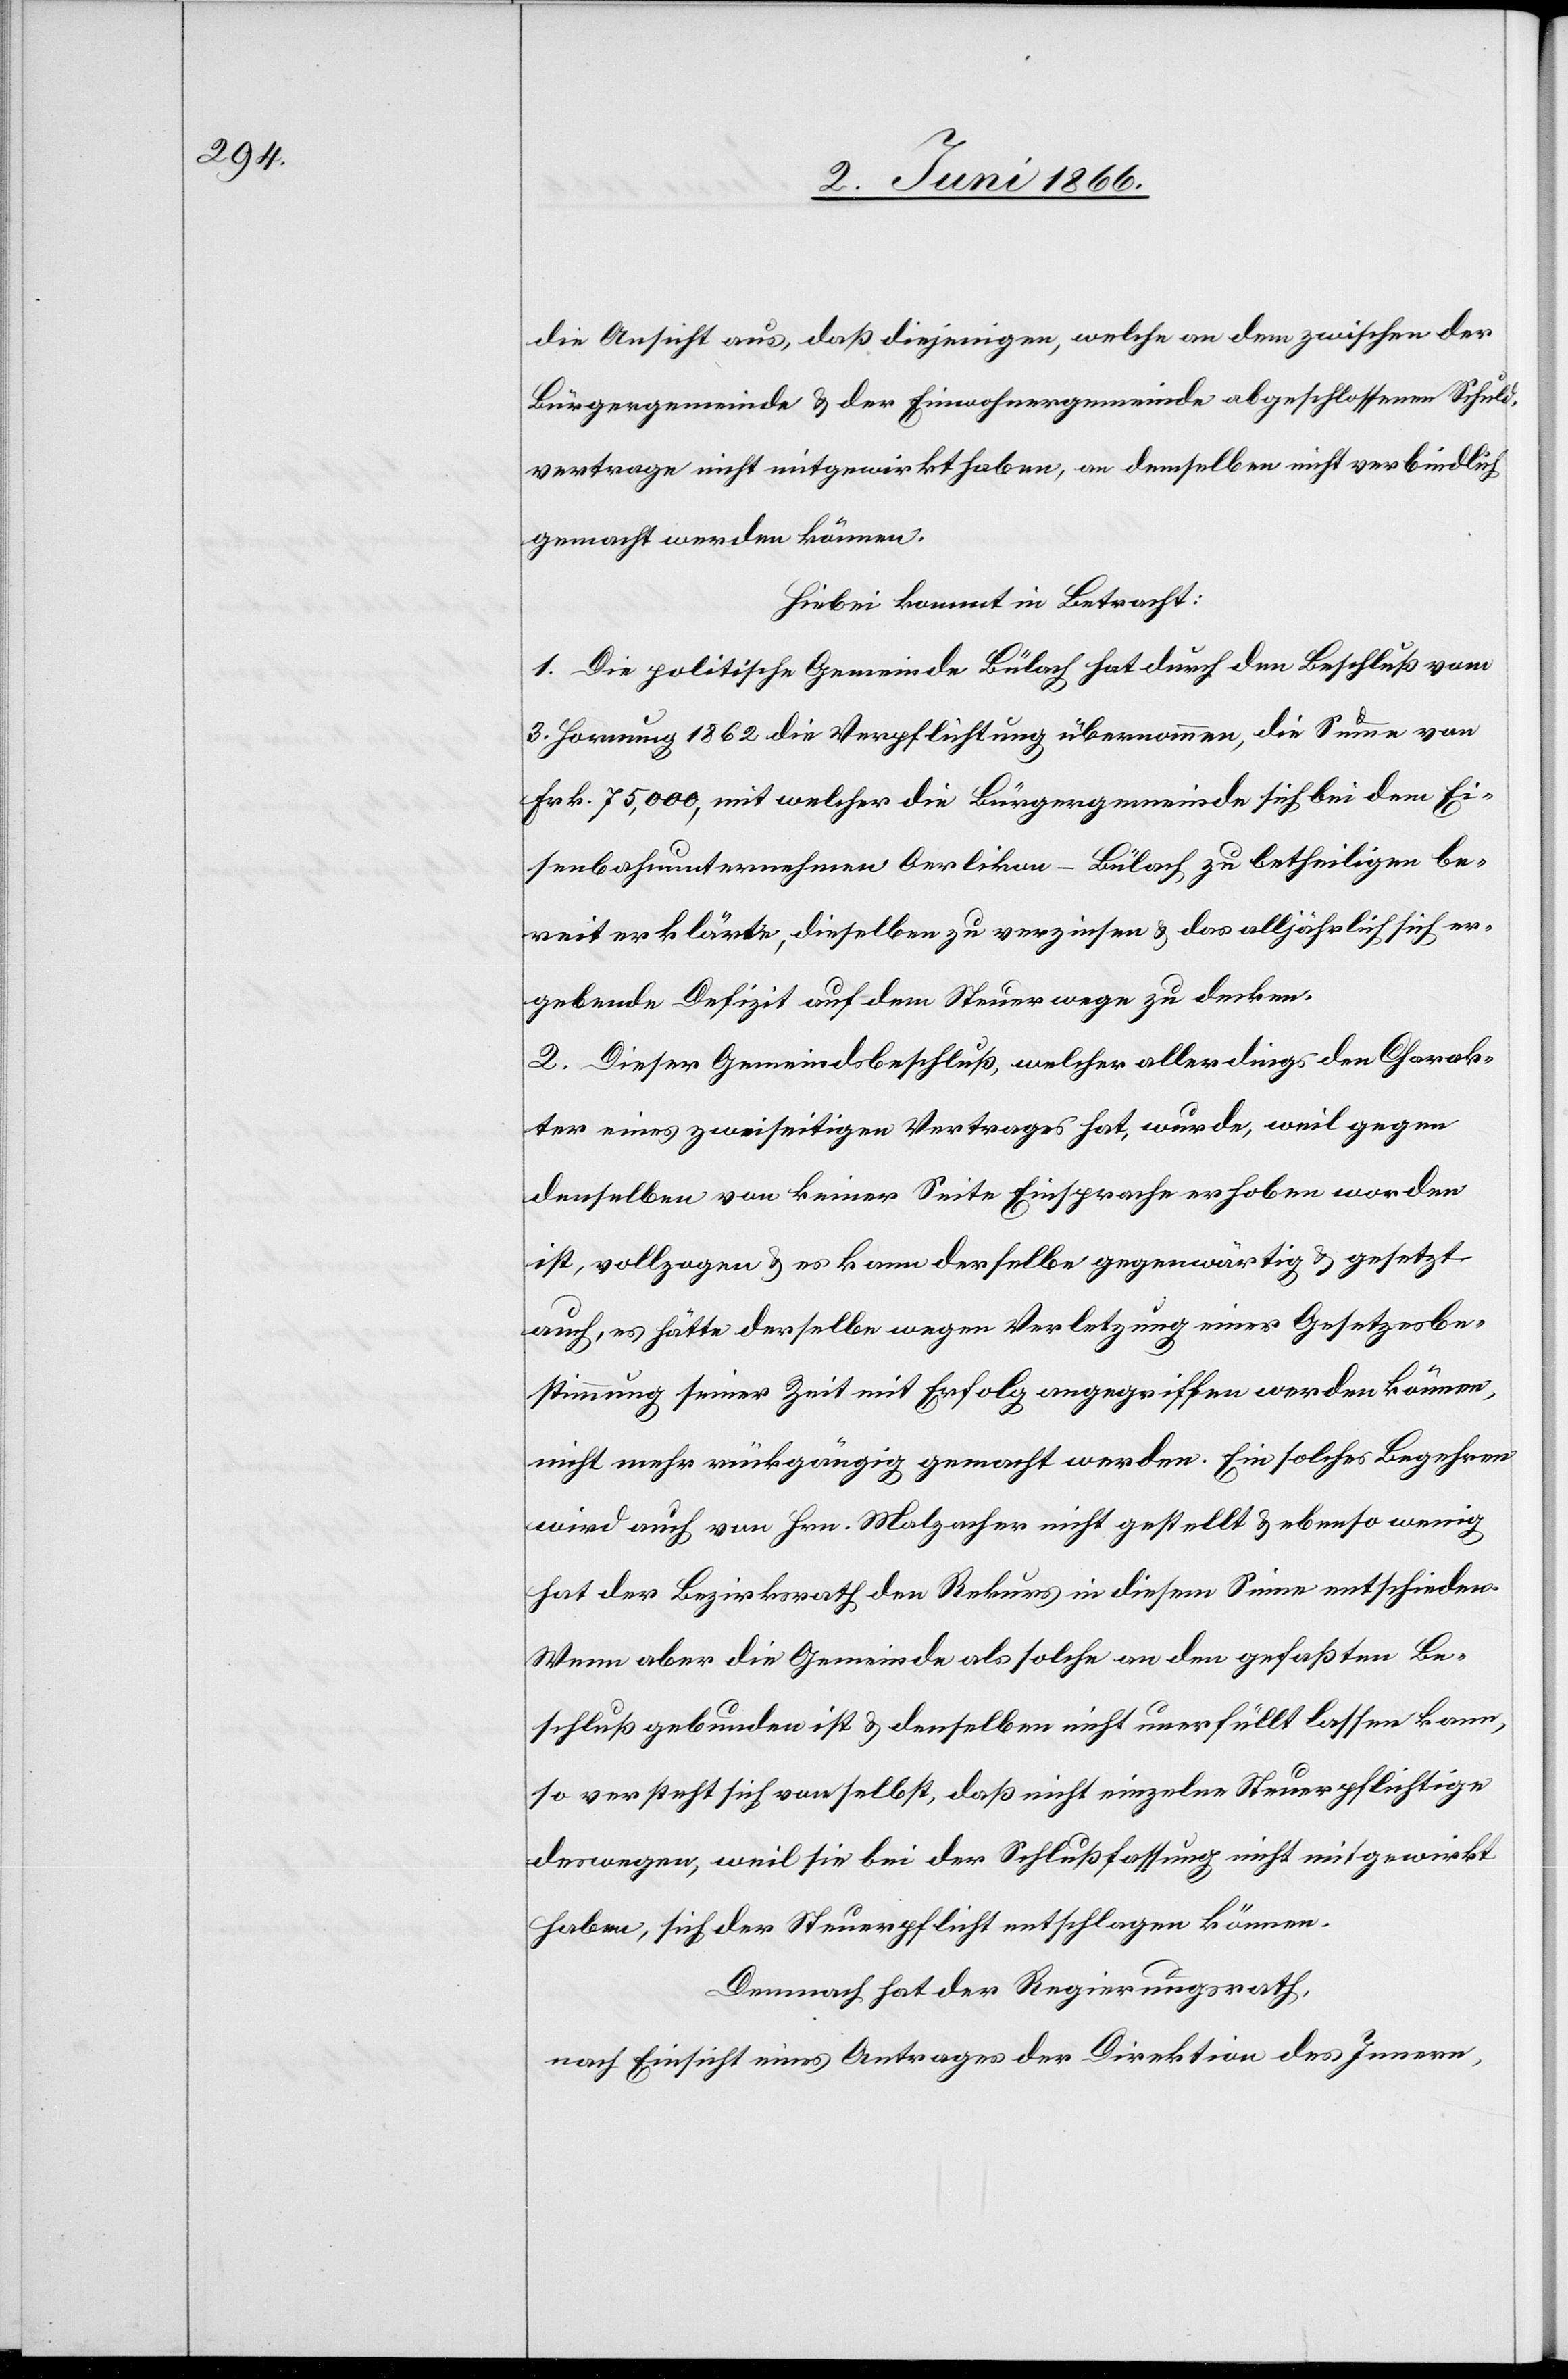
die Ansicht aus, daß diejenigen, welche an dem zwischen der
Bürgergemeinde u. der Einwohnergemeinde abgeschlossenen Schuld¬
vertrage nicht mitgewirkt haben, an demselben nicht verbindlich
gemacht werden können.
Hiebei kommt in Betracht:
1. Die politische Gemeinde Bülach hat durch den Beschluß vom
3. Hornung 1862 die Verpflichtung übernommen, die Summe von
Frk. 75 000, mit welcher die Bürgergemeinde sich bei dem Ei¬
senbahnunternehmen Oerlikon–Bülach zu betheiligen be¬
reit erklärte, dieselben zu verzinsen [sic!] u. das alljährlich er¬
gebende Defizit auf dem Steuerwege zu decken.
2. Dieser Gemeindsbeschluß, welcher allerdings den Charak¬
ter eines zweiseitigen Vertrages hat, wurde, weil gegen
denselben von keiner Seite Einsprache erhoben worden
ist, vollzogen u. es kann derselbe gegenwärtig u. gesetzt
auch, es hätte derselbe wegen Verletzung einer Gesetzesbe¬
stimmung seiner Zeit mit Erfolg angegriffen werden können,
nicht mehr rückgängig gemacht werden. Ein solches Begehren
wird auch von Hrn. Malzacher nicht gestellt u. ebenso wenig
hat der Bezirksrath den Rekurs in diesem Sinne entschieden.
Wenn aber die Gemeinde als solche an den gefaßten Be¬
schluß gebunden ist u. denselben nicht unerfüllt lassen kann,
so versteht sich von selbst, daß nicht einzelne Steuerpflichtige
deswegen, weil sie bei der Schlußfassung nicht mitgewirkt
haben, sich der Steuerpflicht entschlagen können.
Demnach hat der Regierungsrath,
nach Einsicht eines Antrages der Direktion des Innern,